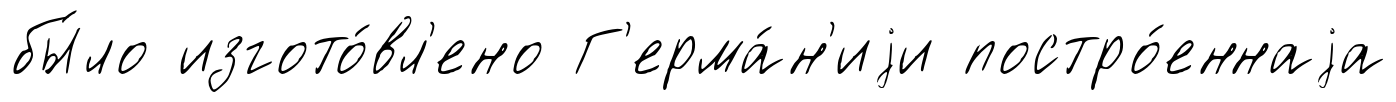
бы́ло изгото́вл'ено Г'ерма́н'иjи постро́еннаjа